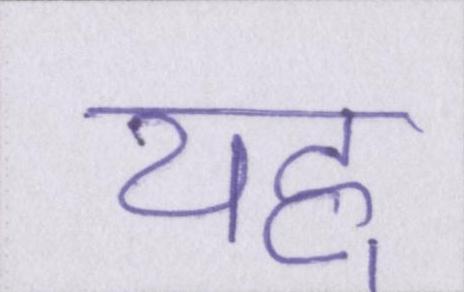
यह्